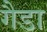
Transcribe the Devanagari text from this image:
गैडा